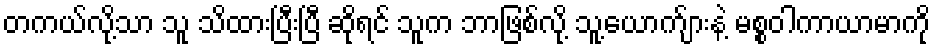
တကယ်လို့သာ သူ သိထားပြီးပြီ ဆိုရင် သူက ဘာဖြစ်လို့ သူ့ယောက်ျားနဲ့ မစ္စဝါကာယာမာကို